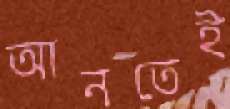
আনতেই